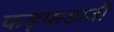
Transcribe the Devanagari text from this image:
फड़फड़ाती